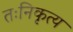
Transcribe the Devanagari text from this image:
तःनिकृत्य